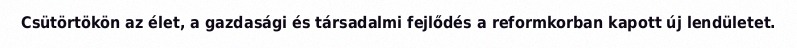
Csütörtökön az élet, a gazdasági és társadalmi fejlődés a reformkorban kapott új lendületet.